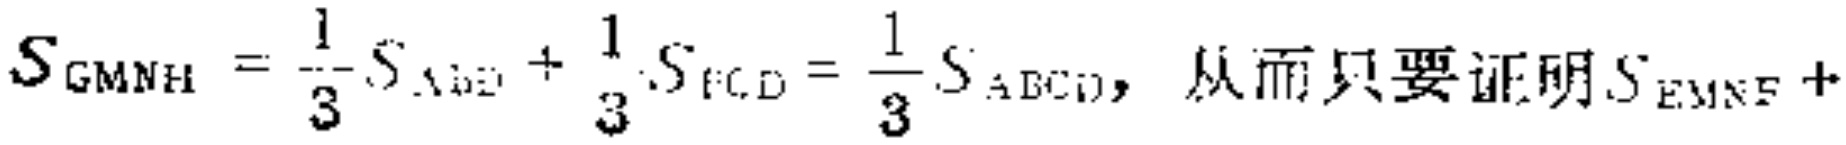
$S_{GMNH}=\frac{1}{3}S_{ABD}+\frac{1}{3}S_{FCD}=\frac{1}{3}S_{ABCD}, 从而只要证明S_{EMNF}+$